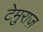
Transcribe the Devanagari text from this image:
टेमुराज़